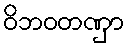
ဝိဘဝတဏှာ